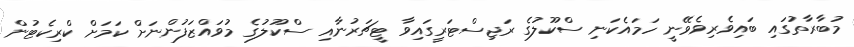
މުބާރާތުގައި ބައިވެރިވެވޭނީ ހަމައެކަނި ސްކޫލުގެ ރަޖިސްޓަރީގައިވާ ޓީޗަރުނާއި ސްކޫލުގެ މުވައްޒަފުންނަށް ކަމަށް ކްރިކެޓުން